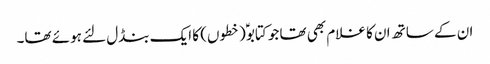
ان کے ساتھ ان کا غلام بھی تھا جو کتابوؑ (خطوں) کا ایک بنڈل لئے ہوئے تھا۔